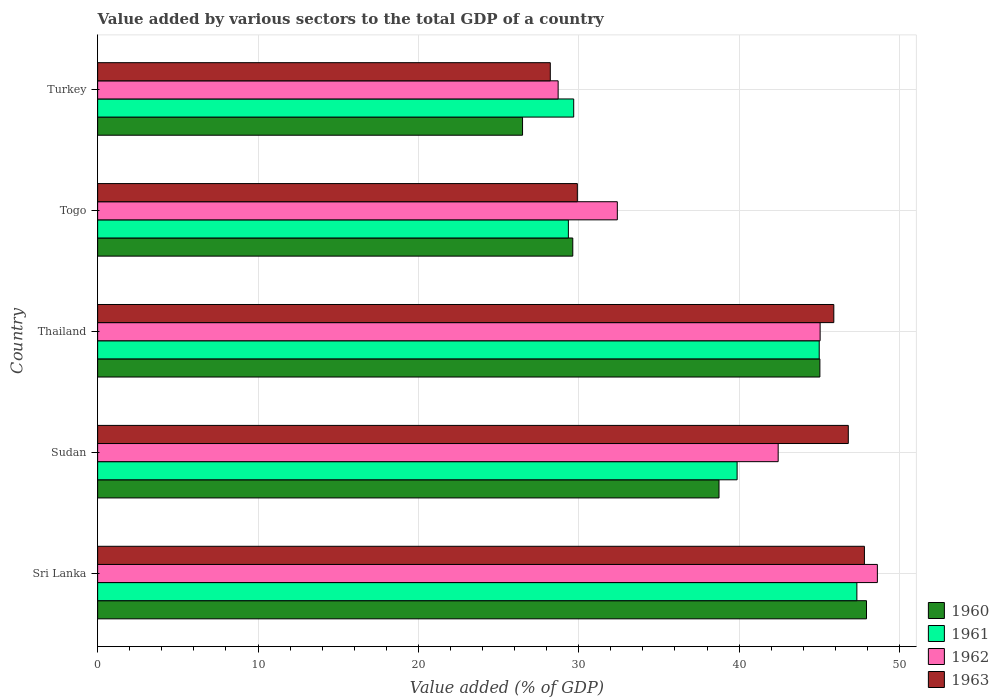
| Country | 1960 | 1961 | 1962 | 1963 |
 | --- | --- | --- | --- | --- |
 | Sri Lanka | 47.9 | 47.3 | 48.6 | 47.8 |
 | Sudan | 38.7 | 39.9 | 42.4 | 46.8 |
 | Thailand | 45 | 45 | 45.1 | 45.9 |
 | Togo | 29.6 | 29.4 | 32.4 | 29.9 |
 | Turkey | 26.5 | 29.7 | 28.7 | 28.2 |